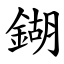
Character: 鍸